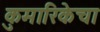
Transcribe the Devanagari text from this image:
कुमारिकेचा